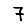
Digit: 7